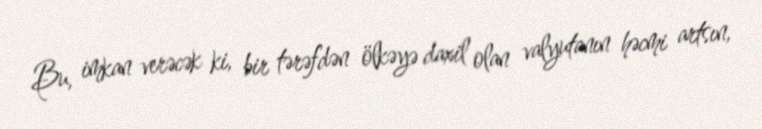
Bu, imkan verəcək ki, bir tərəfdən ölkəyə daxil olan valyutanın həcmi artsın,